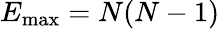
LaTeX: E_{\operatorname*{max}}=N(N-1)